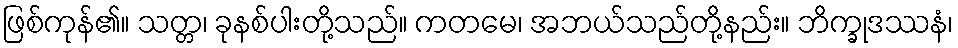
ဖြစ်ကုန်၏။ သတ္တ၊ ခုနစ်ပါးတို့သည်။ ကတမေ၊ အဘယ်သည်တို့နည်း။ ဘိက္ခုဒဿနံ၊